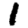
Digit: 1